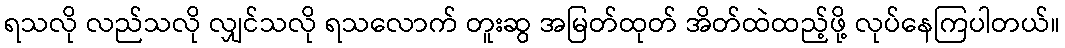
ရသလို လည်သလို လျှင်သလို ရသလောက် တူးဆွ အမြတ်ထုတ် အိတ်ထဲထည့်ဖို့ လုပ်နေကြပါတယ်။